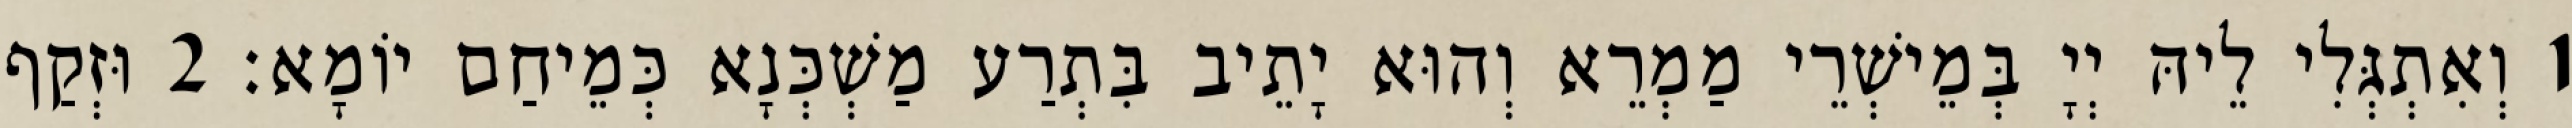
1 וְאִתְגְּלִי לֵיהּ יְיָ בְּמֵישְׁרֵי מַמְרֵא וְהוּא יָתֵיב בִּתְרַע מַשְׁכְּנָא כְּמֵיחַם יוֹמָא׃ 2 וּזְקַף